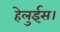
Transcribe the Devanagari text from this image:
हेलुईस।